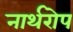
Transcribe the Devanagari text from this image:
नार्थरोप